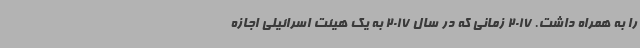
را به همراه داشت. 2017 زمانی که در سال 2017 به یک هیئت اسرائیلی اجازه